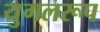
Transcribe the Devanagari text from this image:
युगलरूप